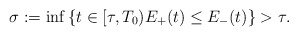
\begin{align*} \sigma:=\inf\left\{ t\in [\tau,T_0) E_+(t)\leq E_-(t)\right\}>\tau.\end{align*}